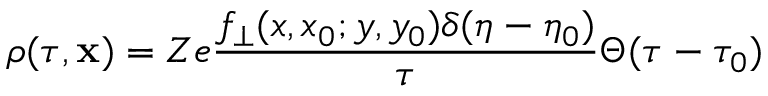
\rho ( \tau , \mathbf { x } ) = Z e \frac { f _ { \bot } ( x , x _ { 0 } ; y , y _ { 0 } ) \delta ( \eta - \eta _ { 0 } ) } { \tau } \Theta ( \tau - \tau _ { 0 } )